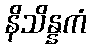
နိသိန္နကံ